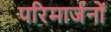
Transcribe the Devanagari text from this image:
परिमार्जनों